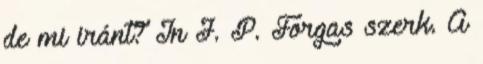
de mi iránt? In J. P. Forgas szerk. A